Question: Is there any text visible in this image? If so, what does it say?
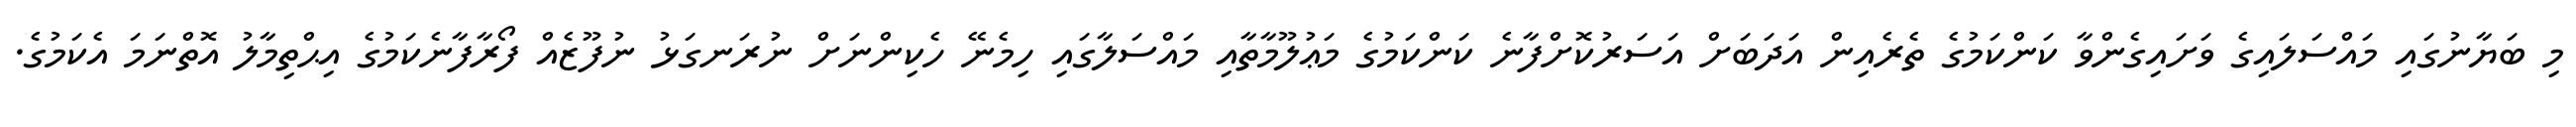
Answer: މި ބަޔާނުގައި މައްސަލައިގެ ވަށައިގެންވާ ކަންކަމުގެ ތެރެއިން އަދަބަށް އަސަރުކޮށްފާނެ ކަންކަމުގެ މަޢުލޫމާތާއި މައްސަލާގައި ހިމެނޭ ހެކިންނަށް ނުރަނގަޅު ނުފޫޒެއް ފޯރާފާނެކަމުގެ އިޙްތިމާލު އޮތްނަމަ އެކަމުގެ.